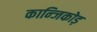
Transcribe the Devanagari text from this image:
कान्जिकोड़